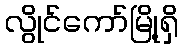
လွိုင်ကော်မြို့ရှိ